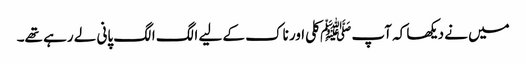
میں نے دیکھا کہ آپ ﷺ کلی اور ناک کے لیے الگ الگ پانی لے رہے تھے۔